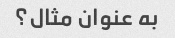
به عنوان مثال؟